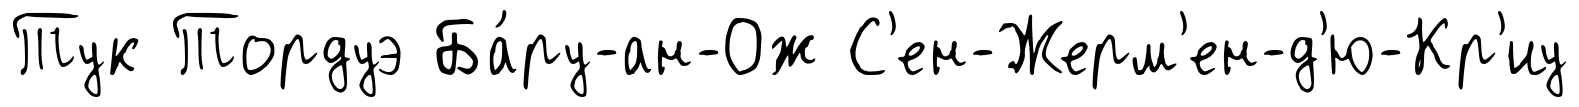
Тук Тордуэ Ба́ру-ан-Ож С'ен-Жерм'ен-д'ю-Кр'иу